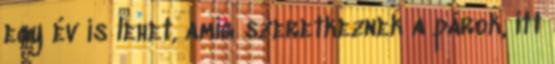
egy év is lehet, amíg szeretkeznek a párok, itt